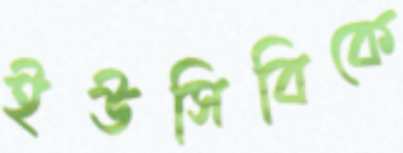
ইউসিবিকে